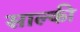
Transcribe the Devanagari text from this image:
साल्की